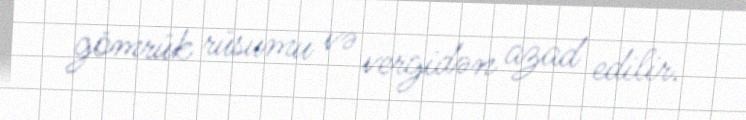
gömrük rüsumu və vergidən azad edilir.